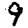
Digit: 9